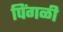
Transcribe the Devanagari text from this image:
पिंगळी